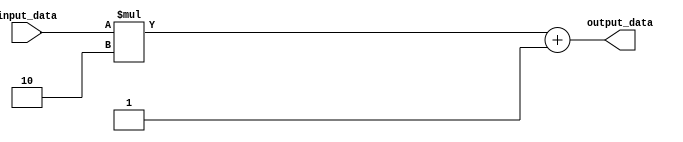
module generate_task_block (
    input [7:0] input_data,
    output reg [7:0] output_data
);

reg [7:0] intermediate_data;

generate
    task generate_task;
        input [7:0] data;
        begin
            intermediate_data = data * 2; // Perform some operation
            output_data = intermediate_data + 1; // Generate output based on operation
        end
    endtask
endgenerate

initial begin
    generate_task(input_data); // Call the generated task with input data
end

endmodule